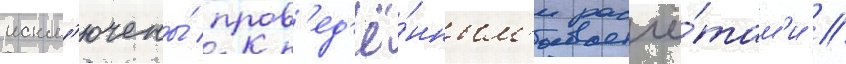
искл'ючены́ пров'ед'ё́нным'и расчё́там'и //